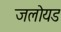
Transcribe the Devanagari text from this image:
जलोयड